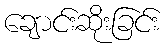
ချောင်းဆိုးခြင်း